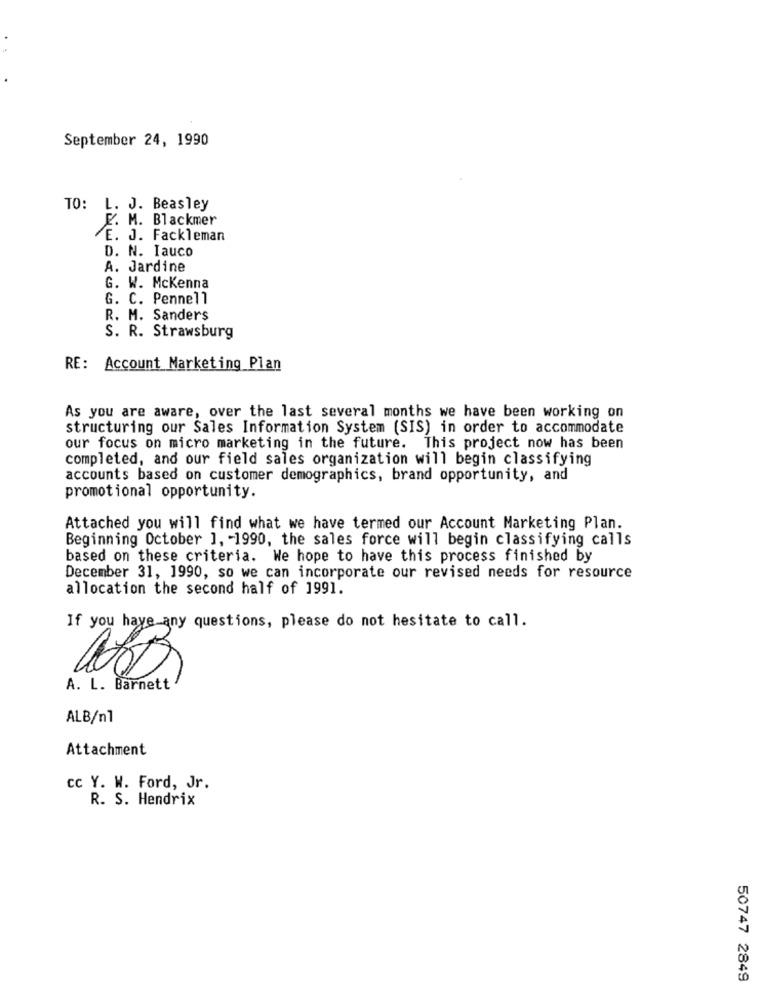
September 24, 1990
TO: L. J. Beasley
F. M. Blackmer
E. J. Fackleman
D. N. Iauco
A. Jardine
G. W. Mckenna
G. C. Pennell
R. M. Sanders
S. R. Strawsburg
RE: Account Marketing Plan
As you are aware, over the last several months we have been working on
structuring our Sales Information System (SIS) in order to accommodate
our focus on micro marketing in the future. This project now has been
completed, and our field sales organization will begin classifying
accounts based on customer demographics, brand opportunity, and
promotional opportunity.
Attached you will find what we have termed our Account Marketing Plan.
Beginning October 1, - 1990, the sales force will begin classifying calls
based on these criteria. We hope to have this process finished by
December 31, 1990, so we can incorporate our revised needs for resource
allocation the second half of 1991.
If you have any questions, please do not hesitate to call.
A. L. Barnett
ALB/n1
Attachment
cc Y. W. Ford, Jr.
R. S. Hendrix
50747 2849